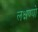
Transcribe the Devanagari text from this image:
लक्षण्यो